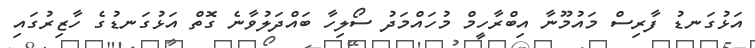
އަޅުގަނޑު ފާރިސް މައުމޫނާ އިބްރާހީމް މުހައްމަދު ސޯލިހާ ބައްދަލުވާނެ ގޮތް އަޅުގަނޑުގެ ހާޒިރުގައި